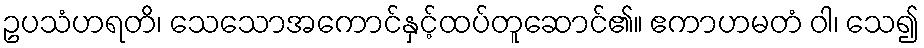
ဥပသံဟရတိ၊ သေသောအကောင်နှင့်ထပ်တူဆောင်၏။ ဧကာဟမတံ ဝါ၊ သေ၍